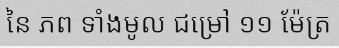
នៃ ភព ទាំងមូល ជម្រៅ ១១ ម៉ែត្រ